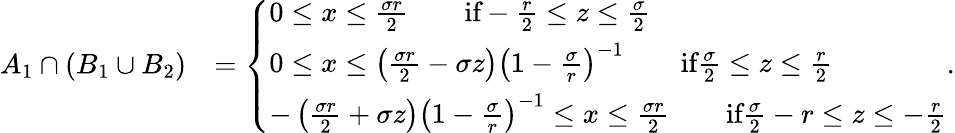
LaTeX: \begin{array}{rl}{A_{1}\cap(B_{1}\cup B_{2})}&{=\left\{ \begin{array}{ll}{0\leq x\leq\frac{\sigma r}{2}\qquad\textrm{if}-\frac{r}{2}\leq z\leq\frac{\sigma}{2}}\\ {0\leq x\leq\left(\frac{\sigma r}{2}-\sigma z\right)\left(1-\frac{\sigma}{r}\right)^{-1}\qquad\textrm{if}\frac{\sigma}{2}\leq z\leq\frac{r}{2}}\\ {-\left(\frac{\sigma r}{2}+\sigma z\right)\left(1-\frac{\sigma}{r}\right)^{-1}\leq x\leq\frac{\sigma r}{2}\qquad\textrm{if}\frac{\sigma}{2}-r\leq z\leq-\frac{r}{2}}\end{array}\right..}\end{array}